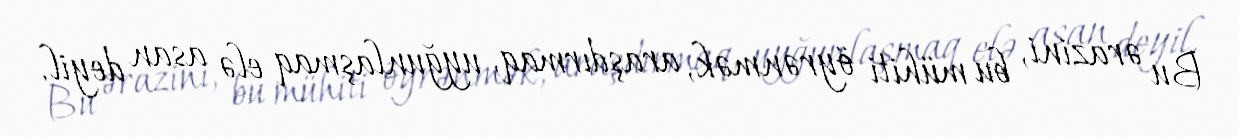
Bu ərazini, bu mühiti öyrənmək, araşdırmaq, uyğunlaşmaq elə asan deyil.